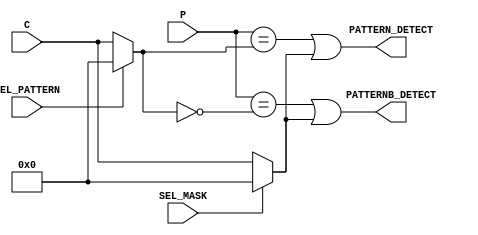
// detects if the P bus matches a
//specified pattern or if it exactly matches the complement of the pattern
module PATTERN_DETECT #(parameter mask_input = 48'b0, pattern_input = 48'b0)
  (
  input signed [47:0]      P,
  //input [47:0] MASK, //1 in mask = ignore  //A mask field can be used to hide certain bit locations in the pattern detector. 
  //input [47:0] PATTERN,
  input signed [47:0]      C,
  input             SEL_PATTERN,SEL_MASK,
  output wire       PATTERN_DETECT, //PATTERNDETECT output goes High if P matches a set pattern
  output wire       PATTERNB_DETECT // PATTERNB_DETECT goes high if P matches the complement of the set pattern.
  );

wire [47:0] PATTERN;
wire [47:0] MASK;


//PATTERNDETECT computes ((P == pattern)||mask) on a bitwise basis and then ANDs the
//results to a single output bit.

assign PATTERN_DETECT = &(P == PATTERN || MASK);



assign PATTERNB_DETECT= &((P == ~PATTERN)||MASK);



// Pattern can be C input or specific input pattern

assign PATTERN = (SEL_PATTERN)? pattern_input: C ; //SEL PATTERN = 1 >> pattern, SEL PATTERN = 0 >> C


// mux to select the mask (mask or c)
assign MASK = (SEL_MASK)? mask_input: C; //SEL MASK = 1 >> Mask, SEL MASK = 0 >> C


endmodule